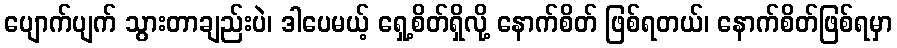
ပျောက်ပျက် သွားတာချည်းပဲ၊ ဒါပေမယ့် ရှေ့စိတ်ရှိလို့ နောက်စိတ် ဖြစ်ရတယ်၊ နောက်စိတ်ဖြစ်ရမှာ